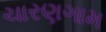
ચારણગામ